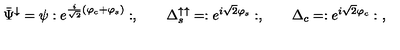
\bar { \Psi } ^ { \downarrow } = \psi : e ^ { \frac { i } { \sqrt { 2 } } ( \varphi _ { c } + \varphi _ { s } ) } : , \qquad \Delta _ { s } ^ { \uparrow \uparrow } = : e ^ { i \sqrt { 2 } \varphi _ { s } } : , \qquad \Delta _ { c } = : e ^ { i \sqrt { 2 } \varphi _ { c } } : \ ,